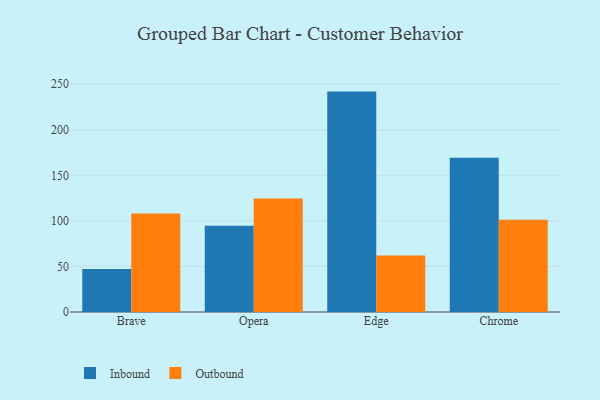
{"axis": {"x": "Browser", "y": "Operating Costs (USD K)"}, "legend": ["Inbound", "Outbound"], "data": [{"x": "Brave", "y": 47.2, "type": "Inbound"}, {"x": "Brave", "y": 108.1, "type": "Outbound"}, {"x": "Opera", "y": 94.7, "type": "Inbound"}, {"x": "Opera", "y": 124.6, "type": "Outbound"}, {"x": "Edge", "y": 241.9, "type": "Inbound"}, {"x": "Edge", "y": 62.0, "type": "Outbound"}, {"x": "Chrome", "y": 169.4, "type": "Inbound"}, {"x": "Chrome", "y": 101.2, "type": "Outbound"}]}